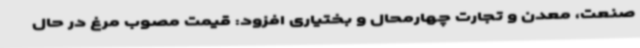
صنعت، معدن و تجارت چهارمحال و بختیاری افزود: قیمت مصوب مرغ در حال